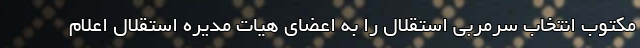
مکتوب انتخاب سرمربی استقلال را به اعضای هیات مدیره استقلال اعلام